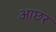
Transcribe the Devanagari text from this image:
आछर